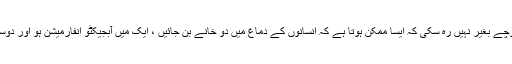
اس بات پر مجھے سخت حیرانی ہوئی اور میں یہ سوچے بغیر نہیں رہ سکی کہ ایسا ممکن ہوتا ہے کہ انسانوں کے دماغ میں دو خانے بن جائیں ، ایک میں آبجیکٹو انفارمیشن ہو اور دوسرے میں بچپن میں سنے ہوئے جادوئی خیالا ت ہوں۔